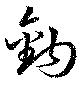
鉤